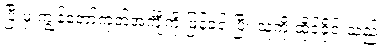
ပြီးမှ ကျွန်တော့်ကုတ်အင်္ကျီကို ဖြန့်ခင်းပြီး သူ့ကို ထိုင်ခိုင်းသည်။